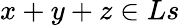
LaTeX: x+y+z\in Ls